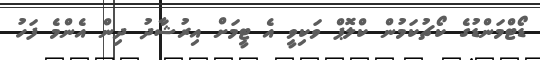
ޑޯޓްމަންޑުގެ ކޯޗުކަމުން ކްލޮޕް ވަކިވީ އެ ޓީމަށް އިރުޝާދު ދިން އެންމެ ފަހު